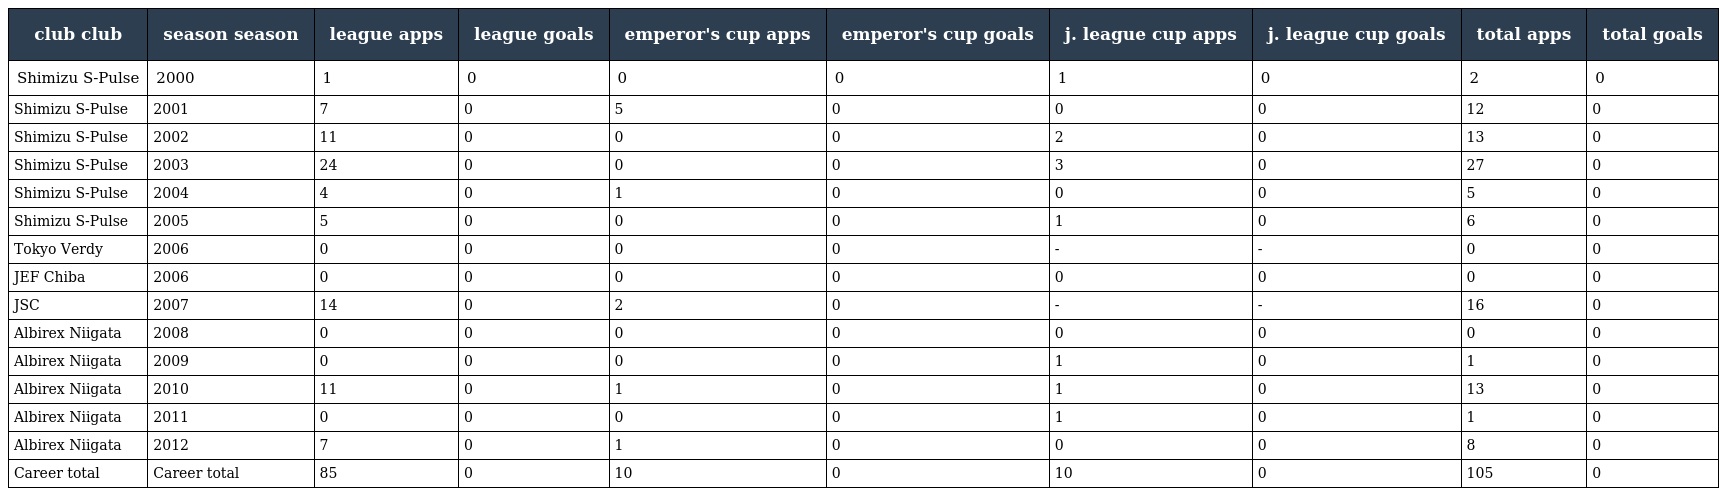
| club club | season season | league apps | league goals | emperor's cup apps | emperor's cup goals | j. league cup apps | j. league cup goals | total apps | total goals |
 | --- | --- | --- | --- | --- | --- | --- | --- | --- | --- |
 | Shimizu S-Pulse | 2000 | 1 | 0 | 0 | 0 | 1 | 0 | 2 | 0 |
 | Shimizu S-Pulse | 2001 | 7 | 0 | 5 | 0 | 0 | 0 | 12 | 0 |
 | Shimizu S-Pulse | 2002 | 11 | 0 | 0 | 0 | 2 | 0 | 13 | 0 |
 | Shimizu S-Pulse | 2003 | 24 | 0 | 0 | 0 | 3 | 0 | 27 | 0 |
 | Shimizu S-Pulse | 2004 | 4 | 0 | 1 | 0 | 0 | 0 | 5 | 0 |
 | Shimizu S-Pulse | 2005 | 5 | 0 | 0 | 0 | 1 | 0 | 6 | 0 |
 | Tokyo Verdy | 2006 | 0 | 0 | 0 | 0 | - | - | 0 | 0 |
 | JEF Chiba | 2006 | 0 | 0 | 0 | 0 | 0 | 0 | 0 | 0 |
 | JSC | 2007 | 14 | 0 | 2 | 0 | - | - | 16 | 0 |
 | Albirex Niigata | 2008 | 0 | 0 | 0 | 0 | 0 | 0 | 0 | 0 |
 | Albirex Niigata | 2009 | 0 | 0 | 0 | 0 | 1 | 0 | 1 | 0 |
 | Albirex Niigata | 2010 | 11 | 0 | 1 | 0 | 1 | 0 | 13 | 0 |
 | Albirex Niigata | 2011 | 0 | 0 | 0 | 0 | 1 | 0 | 1 | 0 |
 | Albirex Niigata | 2012 | 7 | 0 | 1 | 0 | 0 | 0 | 8 | 0 |
 | Career total | Career total | 85 | 0 | 10 | 0 | 10 | 0 | 105 | 0 |